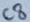
Text: C8